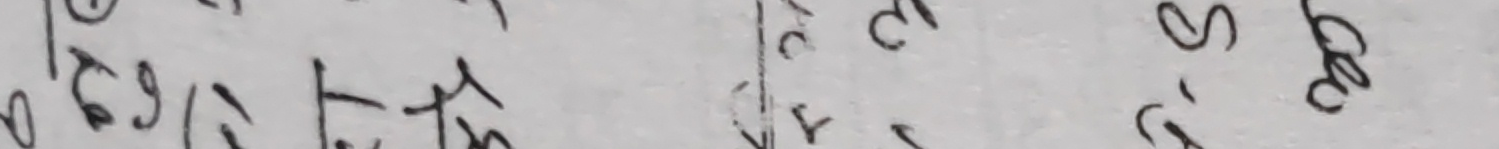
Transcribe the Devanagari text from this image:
गर्न सकिन्छ